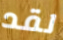
لقد